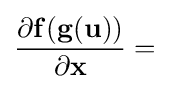
{\frac {\partial \mathbf {f} (\mathbf {g} (\mathbf {u} ))}{\partial \mathbf {x} }}=